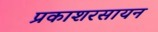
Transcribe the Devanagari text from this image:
प्रकाशरसायन